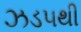
ઝડ૫થી